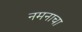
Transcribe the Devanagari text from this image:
नमनाचा